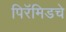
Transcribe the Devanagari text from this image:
पिरॅमिडचे